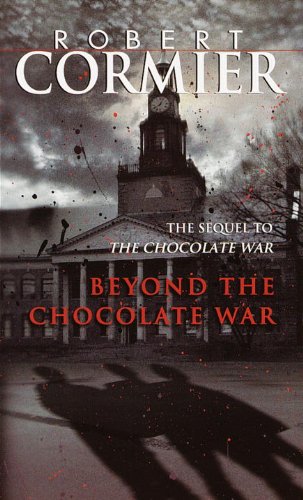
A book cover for Beyond the Chocolate War (Laurel-Leaf Books); Robert Cormier; Teen & Young Adult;